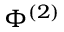
\Phi ^ { ( 2 ) }